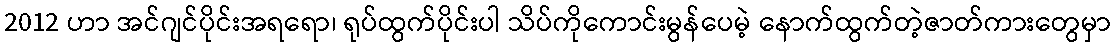
2012 ဟာ အင်ဂျင်ပိုင်းအရရော၊ ရုပ်ထွက်ပိုင်းပါ သိပ်ကိုကောင်းမွန်ပေမဲ့ နောက်ထွက်တဲ့ဇာတ်ကားတွေမှာ